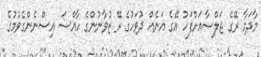
މާދަމާ ރޭގެ ޖަލްސާއަށްފަހު އޭގެ އަނެއް ދުވަހުގެ ރޭ ޒުވާނުންގެ ހާއްސަ އިސްނެންގެވުމުގެ